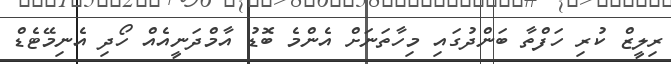
ރިލީޒް ކުރި ހަފްތާ ބަންދުގައި މިހާތަނަށް އެންމެ ބޮޑު އާމްދަނީއެއް ހޯދި އެނިމޭޓެޑް